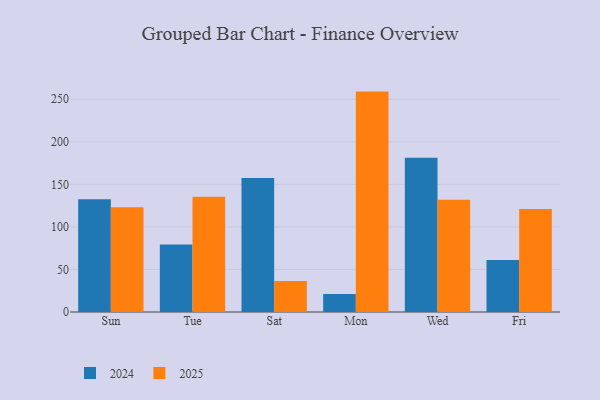
{"axis": {"x": "Day", "y": "Backlog"}, "legend": ["2024", "2025"], "data": [{"x": "Sun", "y": 123.2, "type": "2025"}, {"x": "Sun", "y": 132.6, "type": "2024"}, {"x": "Tue", "y": 135.5, "type": "2025"}, {"x": "Tue", "y": 79.3, "type": "2024"}, {"x": "Sat", "y": 36.3, "type": "2025"}, {"x": "Sat", "y": 157.5, "type": "2024"}, {"x": "Mon", "y": 259.0, "type": "2025"}, {"x": "Mon", "y": 21.2, "type": "2024"}, {"x": "Wed", "y": 132.0, "type": "2025"}, {"x": "Wed", "y": 181.2, "type": "2024"}, {"x": "Fri", "y": 120.9, "type": "2025"}, {"x": "Fri", "y": 61.2, "type": "2024"}]}